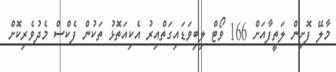
މާލޭ ފޮށިން ލަތީފާއަށް 166 ވޯޓް ލިބިވަޑައިގަތްއިރު އެކިއަތޮޅު ތަކުން ފެކްސް މެދުވެރިކޮށް